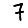
Digit: 7